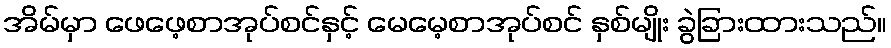
အိမ်မှာ ဖေဖေ့စာအုပ်စင်နှင့် မေမေ့စာအုပ်စင် နှစ်မျိုး ခွဲခြားထားသည်။